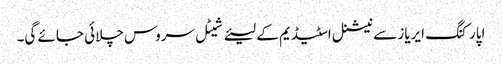
اپارکنگ ایریاز سے نیشنل اسٹیڈیم کے لیئے شیٹل سروس چلائی جائے گی۔